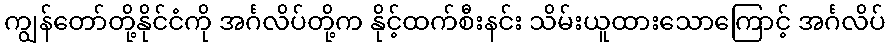
ကျွန်တော်တို့နိုင်ငံကို အင်္ဂလိပ်တို့က နိုင့်ထက်စီးနင်း သိမ်းယူထားသောကြောင့် အင်္ဂလိပ်